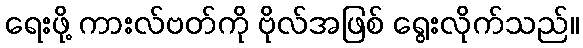
ရေးဖို့ ကားလ်ဗတ်ကို ဗိုလ်အဖြစ် ရွေးလိုက်သည်။